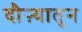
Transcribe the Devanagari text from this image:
दौऱ्यातून